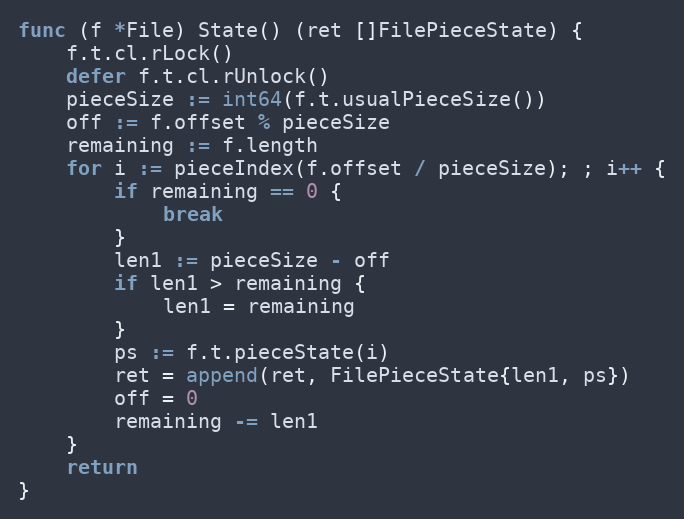
Language: Go
func (f *File) State() (ret []FilePieceState) {
	f.t.cl.rLock()
	defer f.t.cl.rUnlock()
	pieceSize := int64(f.t.usualPieceSize())
	off := f.offset % pieceSize
	remaining := f.length
	for i := pieceIndex(f.offset / pieceSize); ; i++ {
		if remaining == 0 {
			break
		}
		len1 := pieceSize - off
		if len1 > remaining {
			len1 = remaining
		}
		ps := f.t.pieceState(i)
		ret = append(ret, FilePieceState{len1, ps})
		off = 0
		remaining -= len1
	}
	return
}